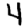
Digit: 4